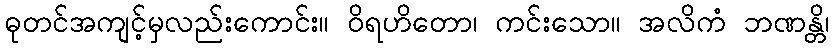
ဓုတင်အကျင့်မှလည်းကောင်း။ ဝိရဟိတော၊ ကင်းသော။ အလိကံ ဘဏန္တိ၊